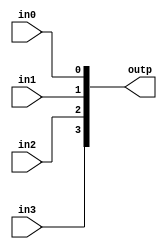
`timescale 1ns / 1ps


module combile(
    input wire in0,
    input wire in1,
    input wire in2,
    input wire in3,
    
    output wire [3:0] outp   

    );
    
    assign outp = {in3,in2,in1,in0};
    
endmodule